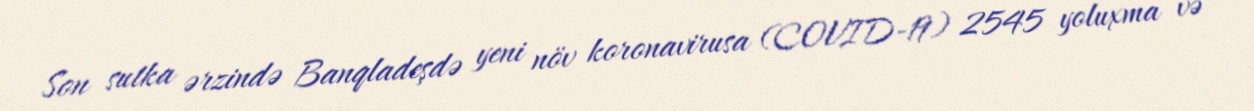
Son sutka ərzində Banqladeşdə yeni növ koronavirusa (COVID-19) 2545 yoluxma və